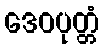
ဒေဝပုတ္တံ